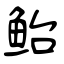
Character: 鲐